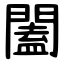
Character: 闔